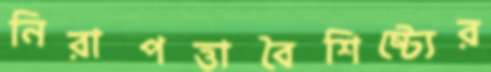
নিরাপত্তাবৈশিষ্ট্যের